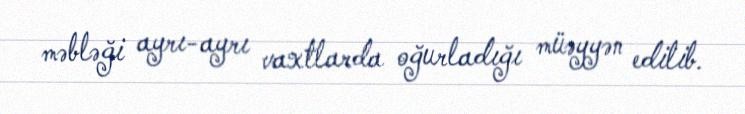
məbləği ayrı-ayrı vaxtlarda oğurladığı müəyyən edilib.